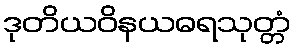
ဒုတိယဝိနယဓရသုတ္တံ